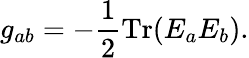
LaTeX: g_{ab}=-{\frac{1}{2}}\mathrm{Tr}(E_{a}E_{b}).